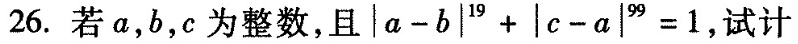
26. 若a，b，c为整数，且 $$|a-b|^{19}+|c-a|^{99}=1$$, 试计